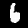
Label: 6